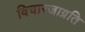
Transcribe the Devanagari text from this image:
विचारजाग्रति